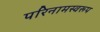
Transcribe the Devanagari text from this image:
परिनामस्वरूप